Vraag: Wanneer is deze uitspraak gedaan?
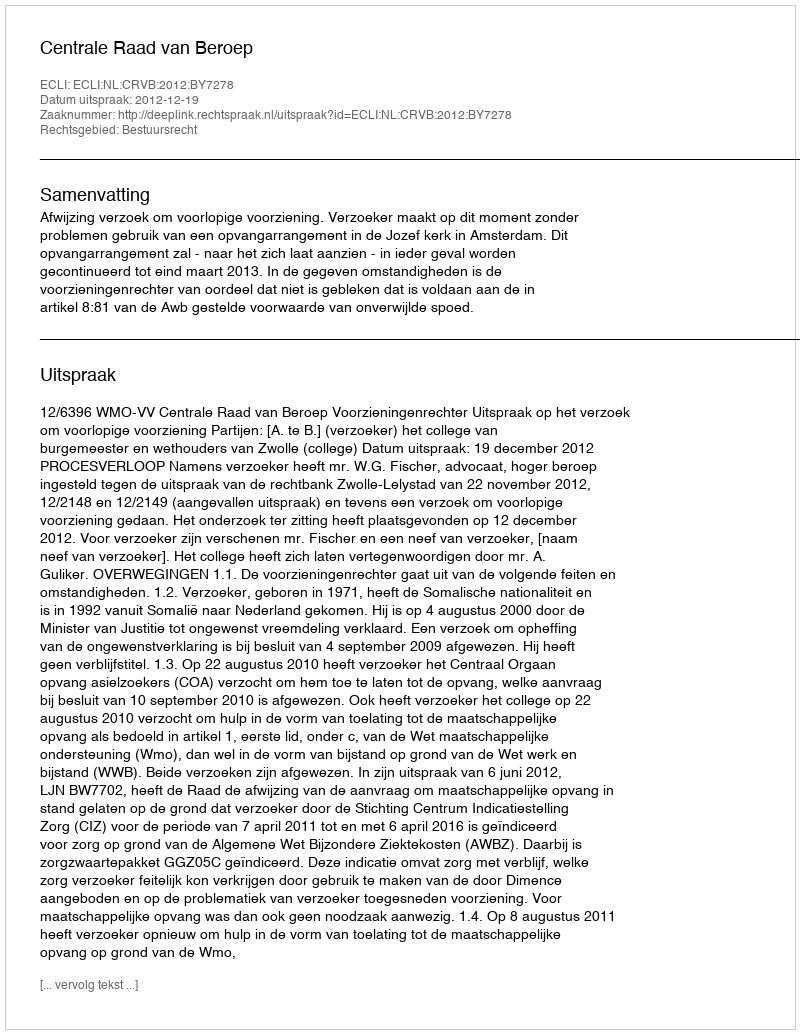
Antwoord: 2012-12-19